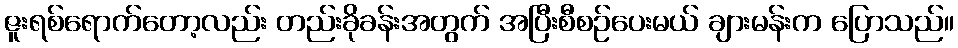
ဇူးရစ်ရောက်တော့လည်း တည်းခိုခန်းအတွက် အပြီးစီစဉ်ပေးမယ် ချားမန်းက ပြောသည်။